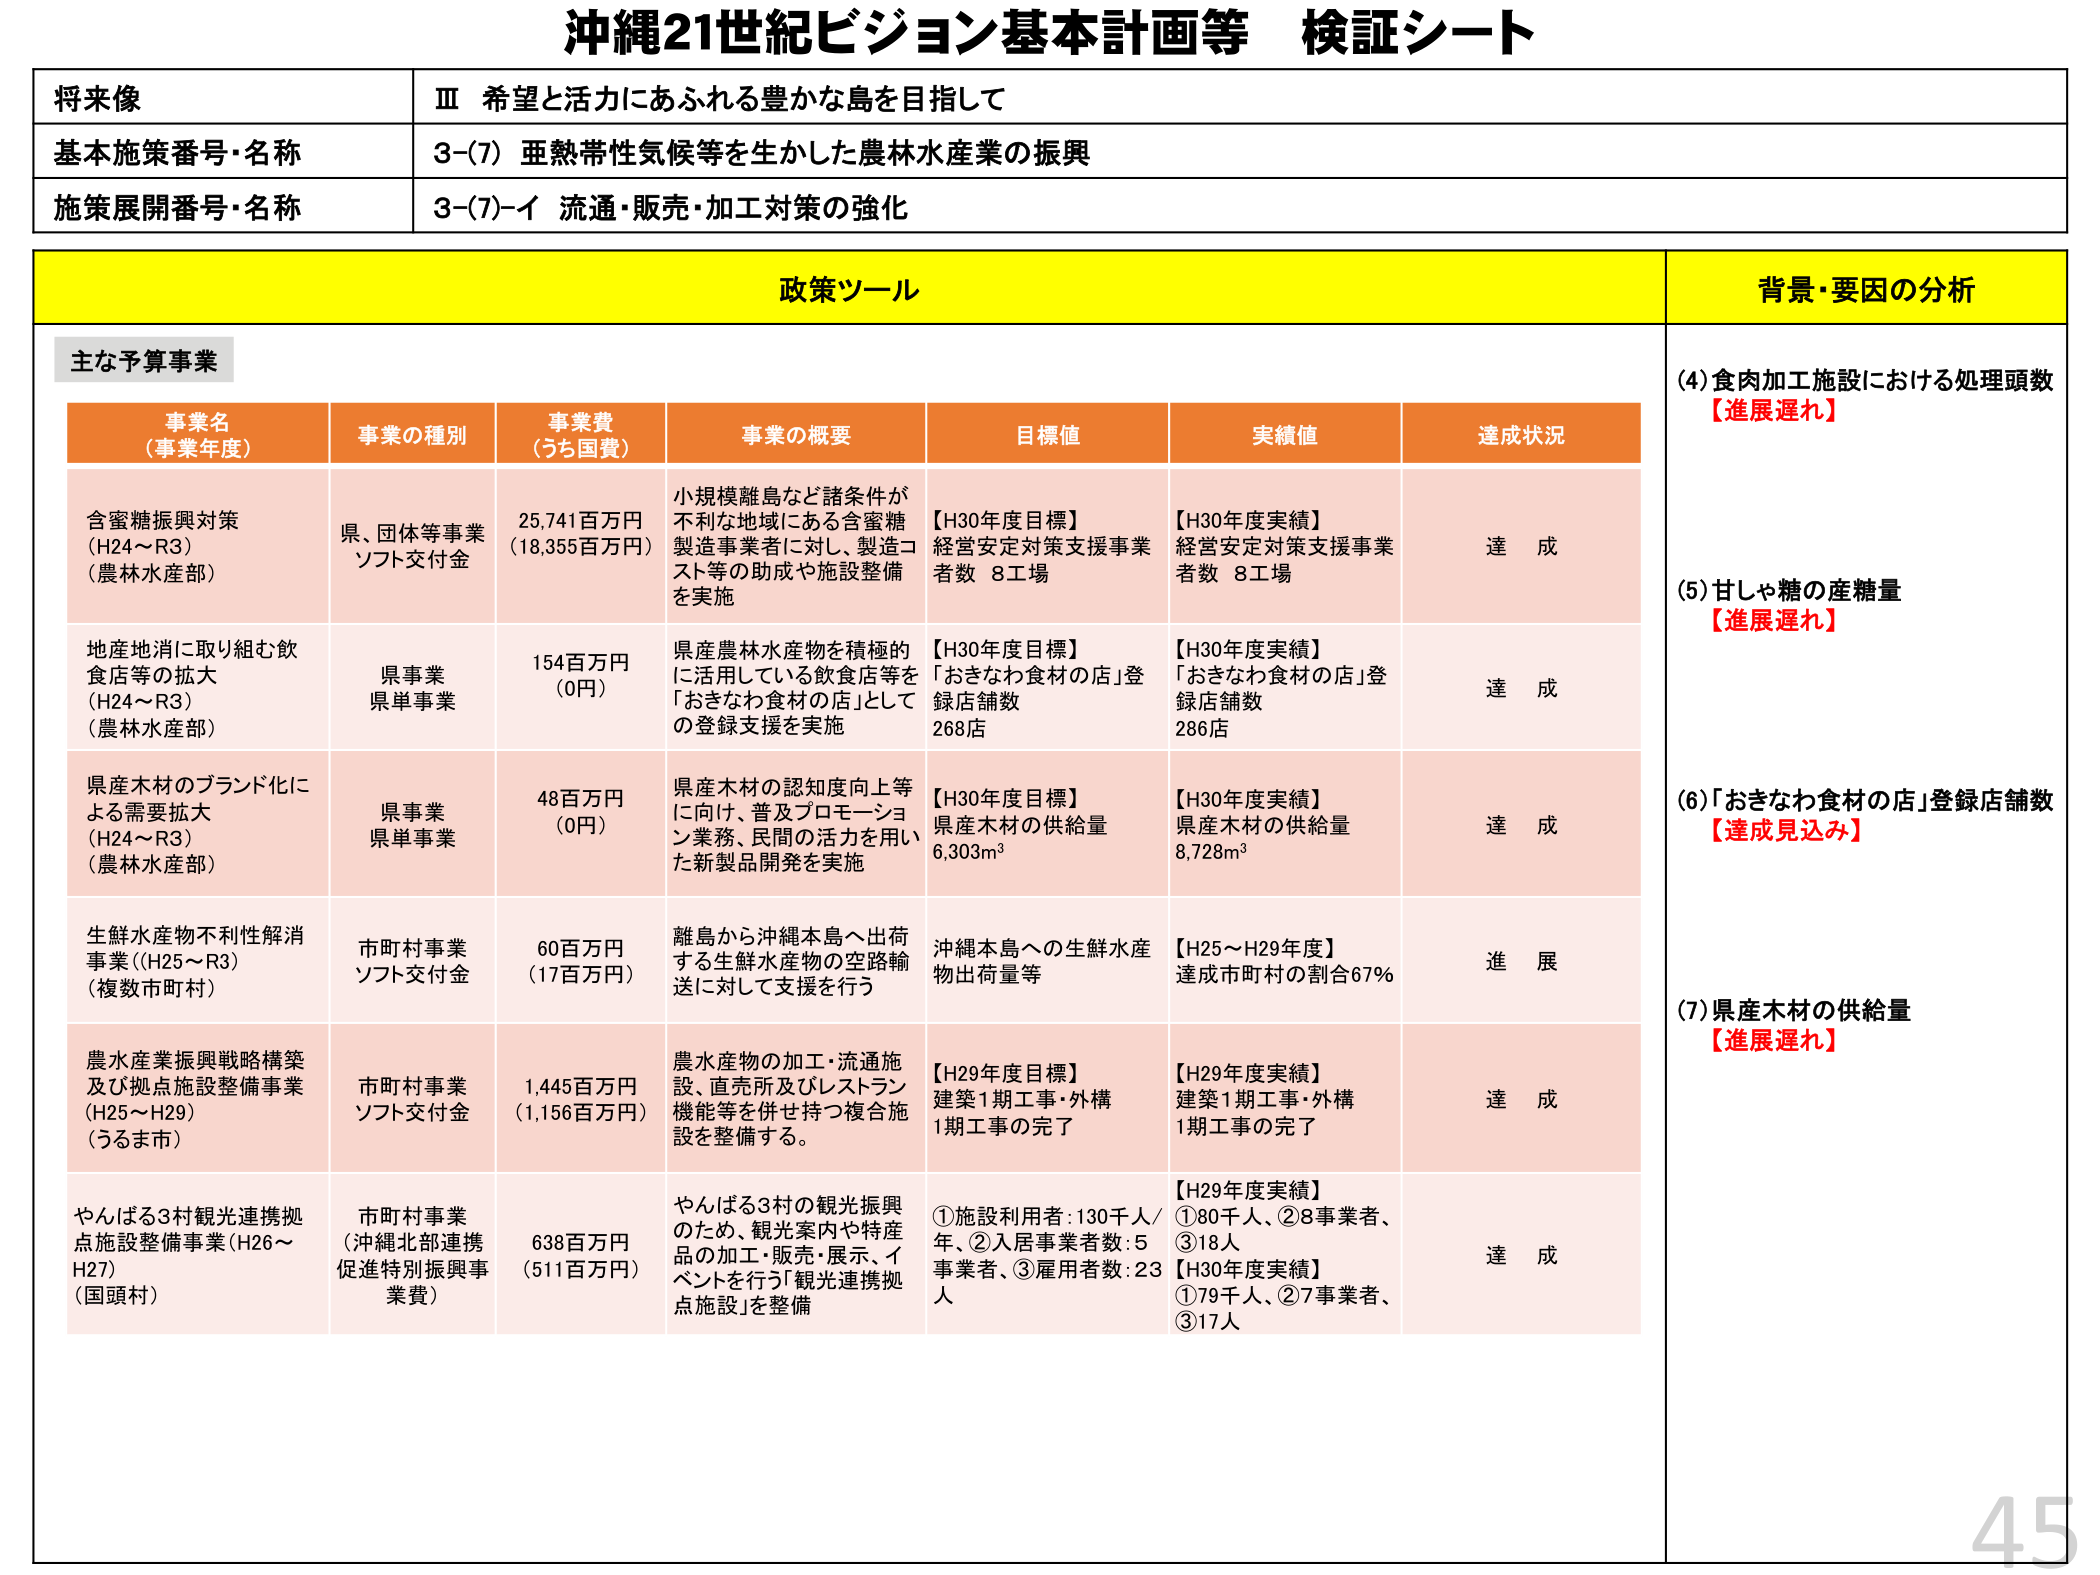
沖縄21世紀ビジョン基本計画等 検証シート

将来像
Ⅲ 希望と活力にあふれる豊かな島を目指して

基本施策番号・名称
3-(7) 亜熱帯性気候等を生かした農林水産業の振興

施策展開番号・名称
3-(7)-イ 流通・販売・加工対策の強化

政策ツール

主な予算事業

事業名（事業年度）
事業の種別
事業費（うち国費）
事業の概要
目標値
実績値
達成状況

含蜜糖振興対策（H24～R3）（農林水産部）
県、団体等事業 ソフト交付金
25,741百万円（18,355百万円）
小規模離島など諸条件が不利な地域にある含蜜糖製造事業者に対し、製造コスト等の助成や施設整備を実施
【H30年度目標】経営安定対策支援事業者数 8工場
【H30年度実績】経営安定対策支援事業者数 8工場
達成

地産地消に取り組む飲食店等の拡大（H24～R3）（農林水産部）
県事業 県単事業
154百万円（0円）
県産農林水産物を積極的に活用している飲食店等を「おきなわ食材の店」としての登録支援を実施
【H30年度目標】「おきなわ食材の店」登録店舗数 268店
【H30年度実績】「おきなわ食材の店」登録店舗数 286店
達成

県産木材のブランド化による需要拡大（H24～R3）（農林水産部）
県事業 県単事業
48百万円（0円）
県産木材の認知度向上等に向け、普及プロモーション業務、民間の活力を用いた新製品開発を実施
【H30年度目標】県産木材の供給量 6,303m³
【H30年度実績】県産木材の供給量 8,728m³
達成

生鮮水産物不利性解消事業（H25～R3）（複数市町村）
市町村事業 ソフト交付金
60百万円（17百万円）
離島から沖縄本島へ出荷する生鮮水産物の空路輸送に対して支援を行う
沖縄本島への生鮮水産物出荷量等
【H25～H29年度】達成市町村の割合67%
進展

農水産業振興戦略構築及び拠点施設整備事業（H25～H29）（うるま市）
市町村事業 ソフト交付金
1,445百万円（1,156百万円）
農水産物の加工・流通施設、直売所及びレストラン機能等を併せ持つ複合施設を整備する。
【H29年度目標】建築1期工事・外構1期工事の完了
【H29年度実績】建築1期工事・外構1期工事の完了
達成

やんばる3村観光連携拠点施設整備事業（H26～H27）（国頭村）
市町村事業（沖縄北部連携促進特別振興事業費）
638百万円（511百万円）
やんばる3村の観光振興のため、観光案内や特産品の加工・販売・展示、イベントを行う「観光連携拠点施設」を整備
①施設利用者：130千人/年、②入居事業者数：5事業者、③雇用者数：23人
【H29年度実績】①80千人、②8事業者、③18人
【H30年度実績】①79千人、②7事業者、③17人
達成

背景・要因の分析

(4) 食肉加工施設における処理頭数
【進展遅れ】

(5) 甘しゃ糖の産糖量
【進展遅れ】

(6) 「おきなわ食材の店」登録店舗数
【達成見込み】

(7) 県産木材の供給量
【進展遅れ】

45